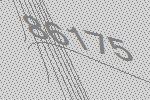
86175